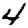
Digit: 4